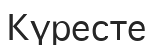
Күресте